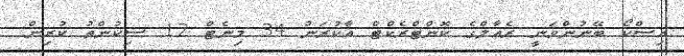
އިސްކޯ ބޭނުންވަނީ ރެއާލްގެ ކޮންޓްރެކްޓް އާކުރަން 34 މިނެޓް 12 ސިކުންތު ކުރިން.